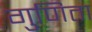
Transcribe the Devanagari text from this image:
गुणिता